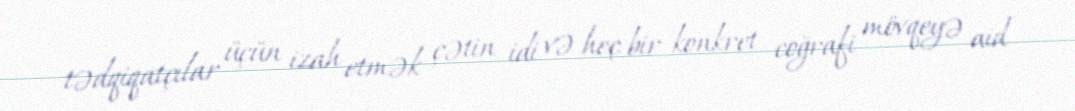
tədqiqatçılar üçün izah etmək çətin idi və heç bir konkret coğrafi mövqeyə aid